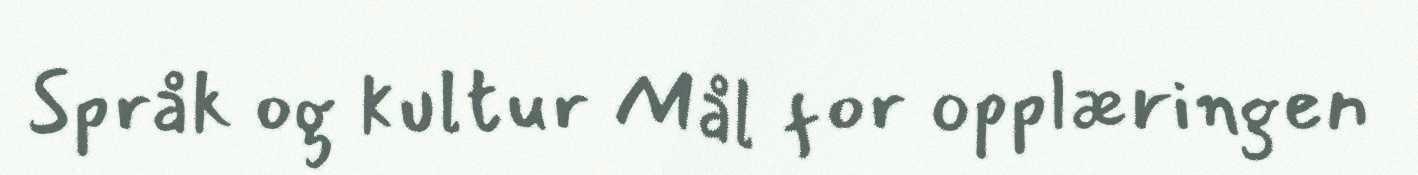
Språk og kultur Mål for opplæringen